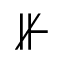
\nVdash